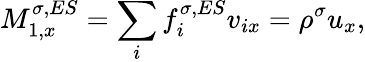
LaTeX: M_{1,x}^{\sigma,ES}=\sum_{i}f_{i}^{\sigma,ES}v_{ix}=\rho^{\sigma}u_{x},